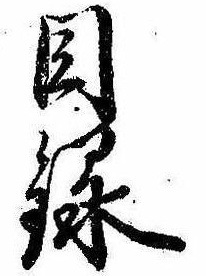
目録